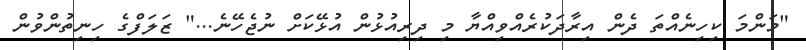
"މަންމަ ކިހިނެއްތަ ދެން އިރާދަކުރެއްވިއްޔާ މި ދިރިއުޅުން އުޅޭކަށް ނުޖެހޭނެ..." ޒަލަފްގެ ހިނިތުންވުން